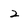
Character: 2